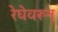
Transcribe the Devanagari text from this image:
रेघेवरून